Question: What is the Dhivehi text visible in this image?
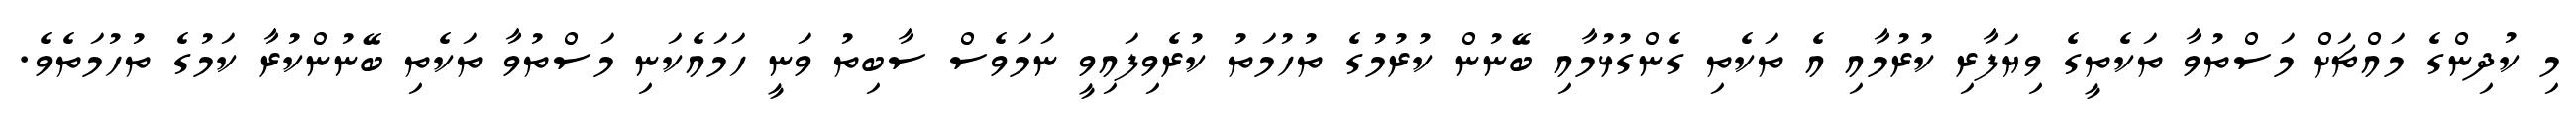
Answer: މި ކުދިންގެ މައްޗަށް މަސްތުވާ ތަކެތީގެ ވިޔަފާރި ކުރުމާއި އެ ތަކެތި ގެންގުޅުމާއި ބޭނުން ކުރުމުގެ ތުހުމަތު ކުރެވިފައިވީ ނަމަވެސް ސާބިތު ވަނީ ހަމައެކަނި މަސްތުވާ ތަކެތި ބޭނުންކުރާ ކަމުގެ ތުހުމަތެވެ.